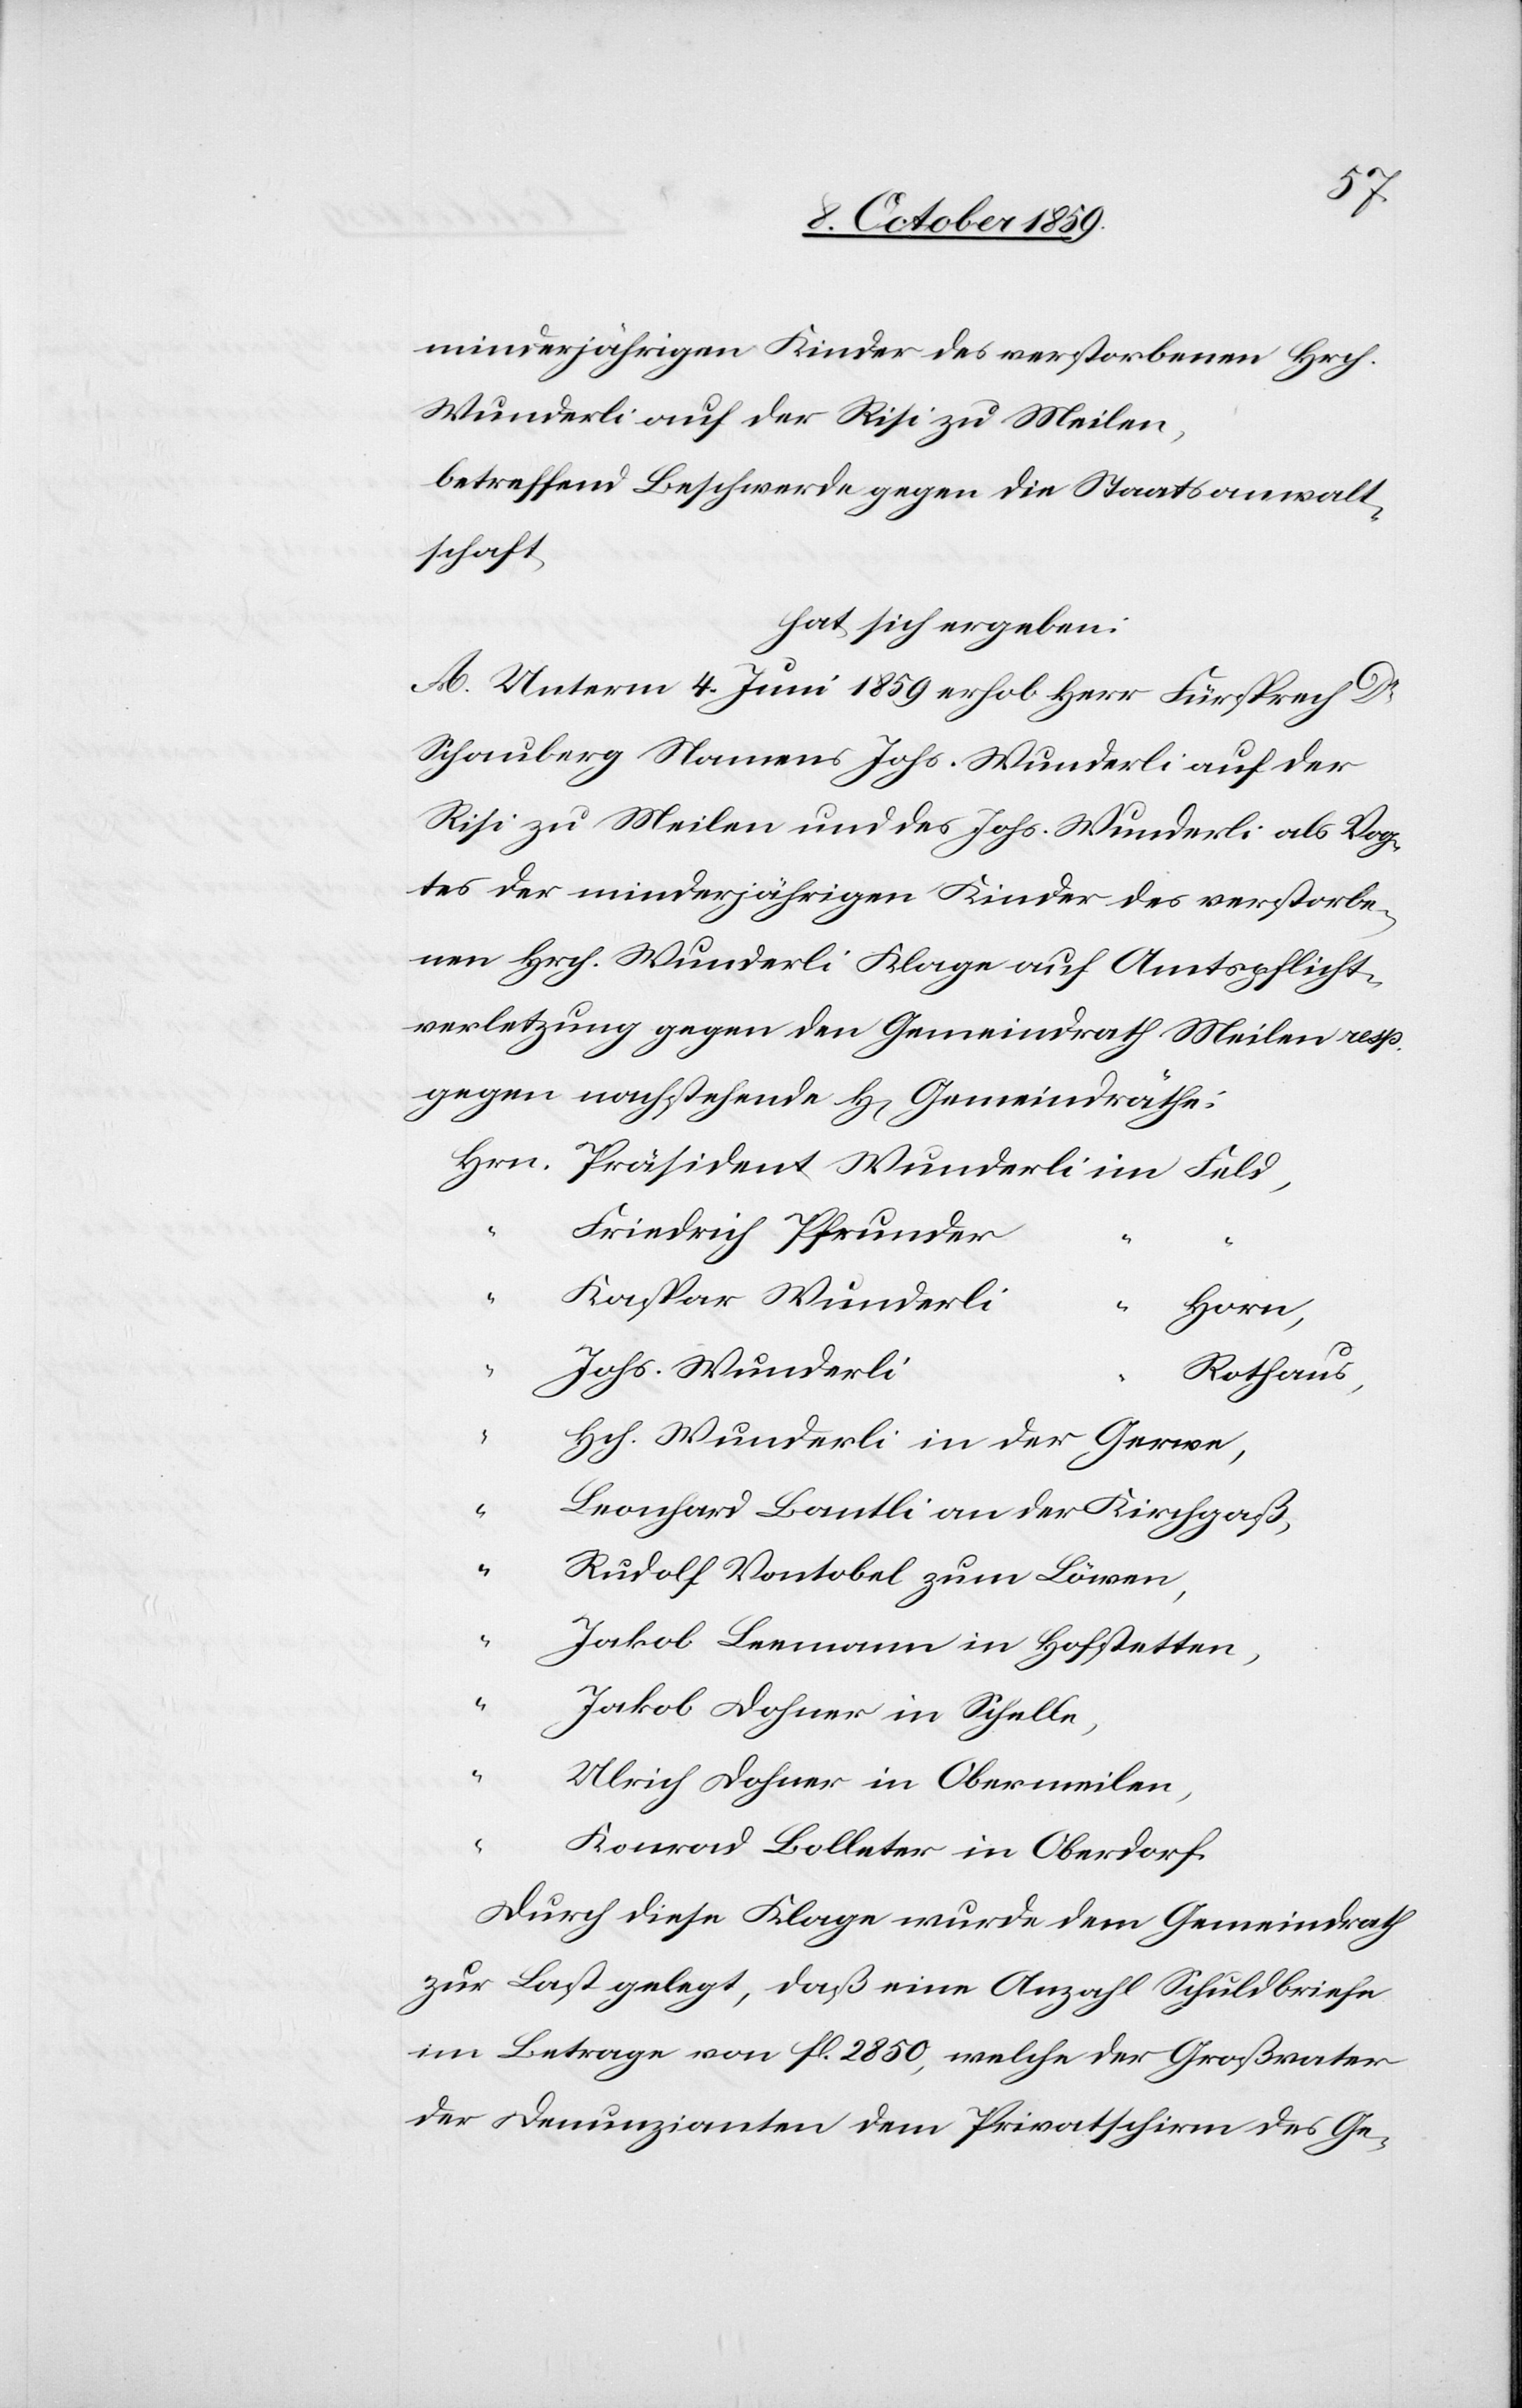
minderjährigen Kinder des verstorbenen Hrch.
Wunderli auf der Risi zu Meilen,
betreffend Beschwerde gegen die Staatsanwalt¬
schaft,
hat sich ergeben:
A. Unterm 4. Juni 1859 erhob Herr Fürsprech Dr
Schauberg Namens Johs. Wunderli auf der
Risi zu Meilen und des Johs. Wunderli als Vog¬
tes der minderjährigen Kinder des verstorbe¬
nen Hrch. Wunderli Klage auf Amtspflicht¬
verletzung gegen den Gemeindraht Meilen resp.
gegen nachstehende H[erren] Gemeindräthe:
“
Heinrich Pfrunder
Kaspar Wunderli
Horn,
“
Hch. Wunderli
Rothaus,
Durch diese Klage wurde dem Gemeindrath
zur Last gelegt, daß eine Anzahl Schuldbriefe
im Betrage von fl. 2850, welche der Großvater
der Denunzianten dem Privatschirm des Ge-